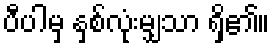
ပီပါမှ နှစ်လုံးမျှသာ ရှိ၏။